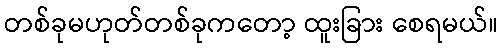
တစ်ခုမဟုတ်တစ်ခုကတော့ ထူးခြား စေရမယ်။